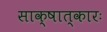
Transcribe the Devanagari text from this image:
साक्षात्कारः